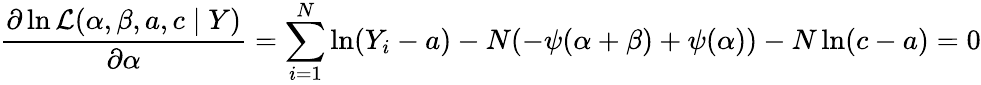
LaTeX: {\frac{\partial\ln{\mathcal{L}}(\alpha,\beta,a,c\mid Y)}{\partial\alpha}}=\sum_{i=1}^{N}\ln(Y_{i}-a)-N(-\psi(\alpha+\beta)+\psi(\alpha))-N\ln(c-a)=0